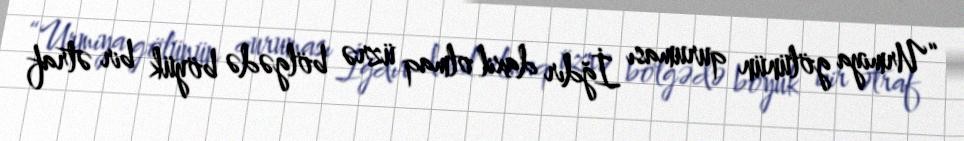
“Urmiya gölünün quruması İğdır daxil olmaq üzrə bölgədə böyük bir ətraf